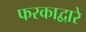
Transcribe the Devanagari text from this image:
फरकाद्वारे